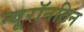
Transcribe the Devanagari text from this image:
न्यूरॉनटिन